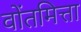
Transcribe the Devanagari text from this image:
वोंतमित्ता